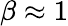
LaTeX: \beta\approx 1